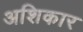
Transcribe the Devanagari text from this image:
अशिकार